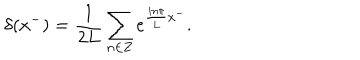
\delta ( x ^ { - } ) = \frac { 1 } { 2 L } \sum _ { n \in { \bf Z } } e ^ { \frac { i n \pi } { L } x ^ { - } } .